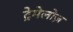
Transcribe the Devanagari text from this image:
ट्रेमेलोज़